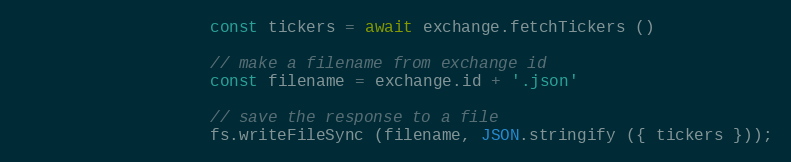
Language: JavaScript
                    const tickers = await exchange.fetchTickers ()

                    // make a filename from exchange id
                    const filename = exchange.id + '.json'

                    // save the response to a file
                    fs.writeFileSync (filename, JSON.stringify ({ tickers }));